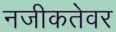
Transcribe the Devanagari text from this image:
नजीकतेवर